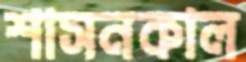
শাসনকাল